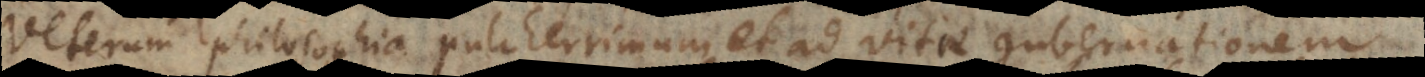
Veterum philosophia pulcherrimum et ad vitae gubernationem